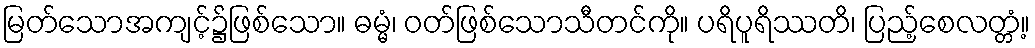
မြတ်သောအကျင့်၌ဖြစ်သော။ ဓမ္မံ၊ ဝတ်ဖြစ်သောသီတင်ကို။ ပရိပူရိဿတိ၊ ပြည့်စေလတ္တံ့။